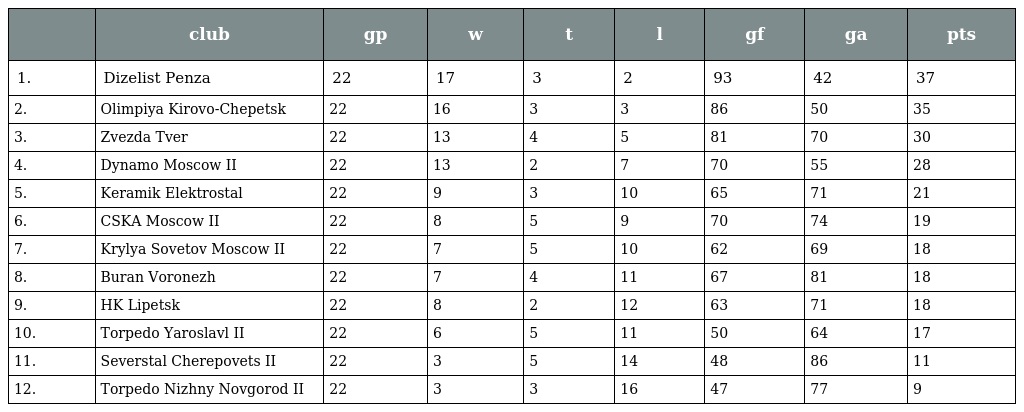
|  | club | gp | w | t | l | gf | ga | pts |
 | --- | --- | --- | --- | --- | --- | --- | --- | --- |
 | 1. | Dizelist Penza | 22 | 17 | 3 | 2 | 93 | 42 | 37 |
 | 2. | Olimpiya Kirovo-Chepetsk | 22 | 16 | 3 | 3 | 86 | 50 | 35 |
 | 3. | Zvezda Tver | 22 | 13 | 4 | 5 | 81 | 70 | 30 |
 | 4. | Dynamo Moscow II | 22 | 13 | 2 | 7 | 70 | 55 | 28 |
 | 5. | Keramik Elektrostal | 22 | 9 | 3 | 10 | 65 | 71 | 21 |
 | 6. | CSKA Moscow II | 22 | 8 | 5 | 9 | 70 | 74 | 19 |
 | 7. | Krylya Sovetov Moscow II | 22 | 7 | 5 | 10 | 62 | 69 | 18 |
 | 8. | Buran Voronezh | 22 | 7 | 4 | 11 | 67 | 81 | 18 |
 | 9. | HK Lipetsk | 22 | 8 | 2 | 12 | 63 | 71 | 18 |
 | 10. | Torpedo Yaroslavl II | 22 | 6 | 5 | 11 | 50 | 64 | 17 |
 | 11. | Severstal Cherepovets II | 22 | 3 | 5 | 14 | 48 | 86 | 11 |
 | 12. | Torpedo Nizhny Novgorod II | 22 | 3 | 3 | 16 | 47 | 77 | 9 |